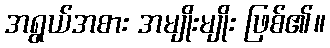
အရွယ်အစား အမျိုးမျိုး ဖြစ်၏။